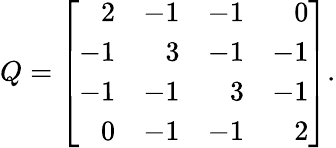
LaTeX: Q=\left[{\begin{array}{rrrr}{2}&{-1}&{-1}&{0}\\ {-1}&{3}&{-1}&{-1}\\ {-1}&{-1}&{3}&{-1}\\ {0}&{-1}&{-1}&{2}\end{array}}\right].